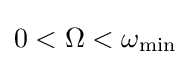
0<\Omega <\omega _{\text{min}}